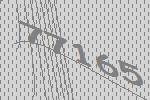
77165